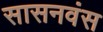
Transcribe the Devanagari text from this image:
सासनवंस